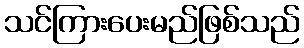
သင်ကြားပေးမည်ဖြစ်သည်